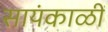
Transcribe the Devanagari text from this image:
सायंकाळीं